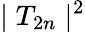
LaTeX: \mid T_{2n}\mid^{2}